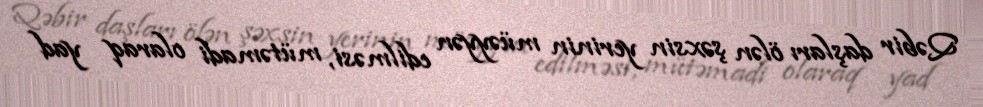
Qəbir daşları ölən şəxsin yerinin müəyyən edilməsi, mütəmadi olaraq yad